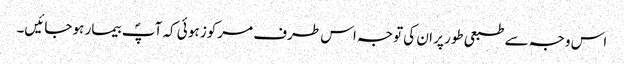
اس وجہ سے طبعی طور پر ان کی توجہ اس طرف مرکوز ہو ئی کہ آپؐ بیمار ہو جائیں۔